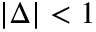
| \Delta | < 1